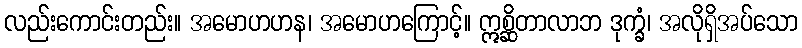
လည်းကောင်းတည်း။ အမောဟဟန၊ အမောဟကြောင့်။ ဣစ္ဆိတာလာဘ ဒုက္ခံ၊ အလိုရှိအပ်သော